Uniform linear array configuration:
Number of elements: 4
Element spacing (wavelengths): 0.75
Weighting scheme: uniform
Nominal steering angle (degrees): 15
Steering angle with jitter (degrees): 14.8
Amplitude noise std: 0.05
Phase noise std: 0.05

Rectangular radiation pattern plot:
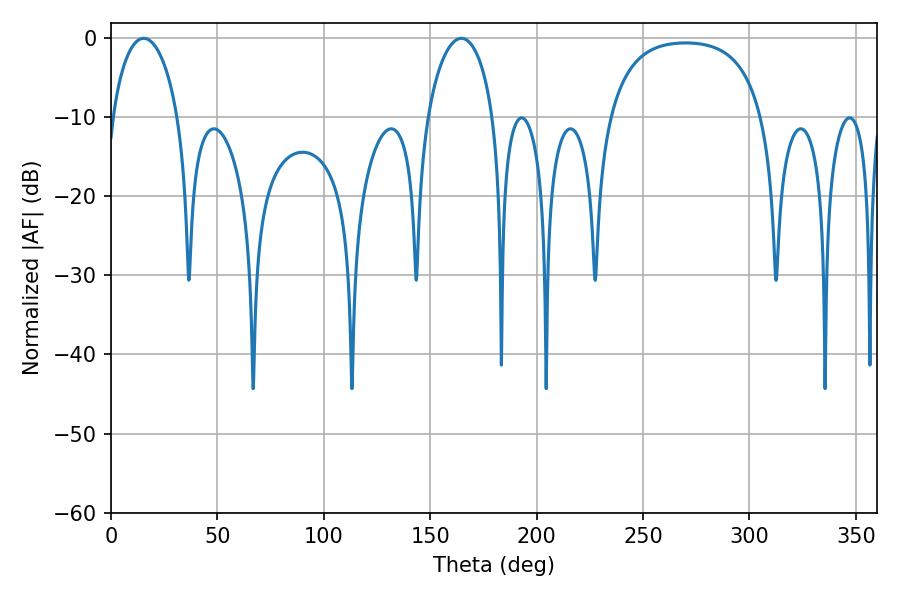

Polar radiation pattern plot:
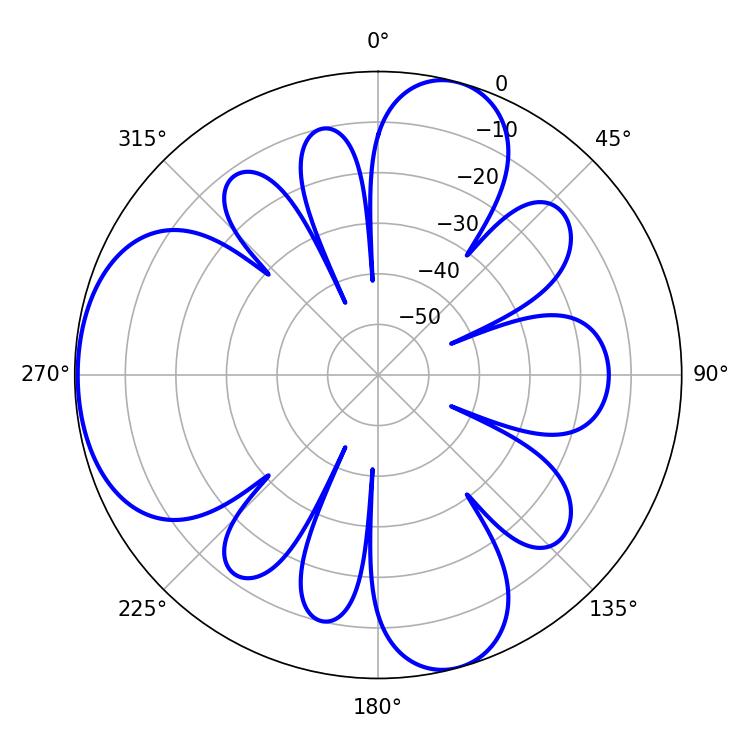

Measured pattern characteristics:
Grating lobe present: TRUE
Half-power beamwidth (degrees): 17.82
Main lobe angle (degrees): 15.3